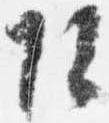
頭